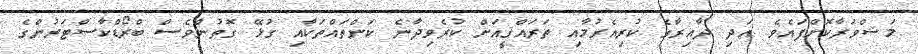
މަޝްވަރާކޮށްފައެވެ. އަދި ދާއިރާގެ ކުރިއެރުމާއި ތަރައްޤީއަށް ކުރެވިދާނެ ކަންތައްތަކާއި ގުޅޭ ގޮތުންވެސް ބްރޯޑްކާސްޓަރުންގެ